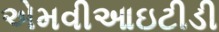
એમવીઆઇટીડી